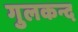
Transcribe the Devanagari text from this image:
गुलकन्द